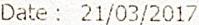
DATE : 21/03/2017